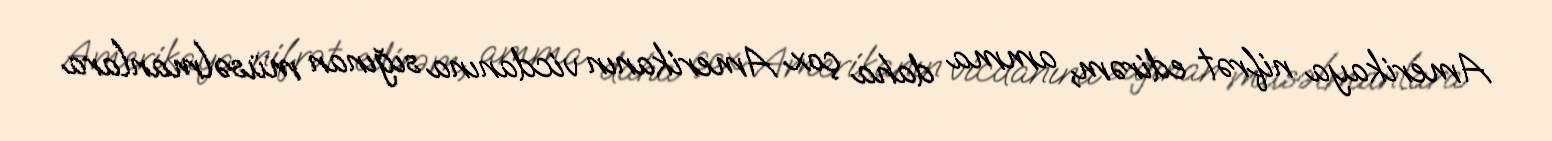
Amerikaya nifrət edirəm, amma daha çox Amerikanın vicdanına sığınan müsəlmanlara